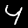
Digit: 4